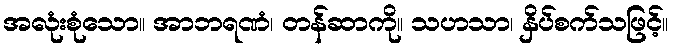
အလုံးစုံသော။ အာဘရဏံ၊ တန်ဆာကို။ သဟသာ၊ နှိပ်စက်သဖြင့်။